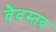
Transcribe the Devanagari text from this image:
वैवस्तव